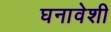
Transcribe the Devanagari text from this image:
घनावेशी